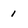
Character: 1